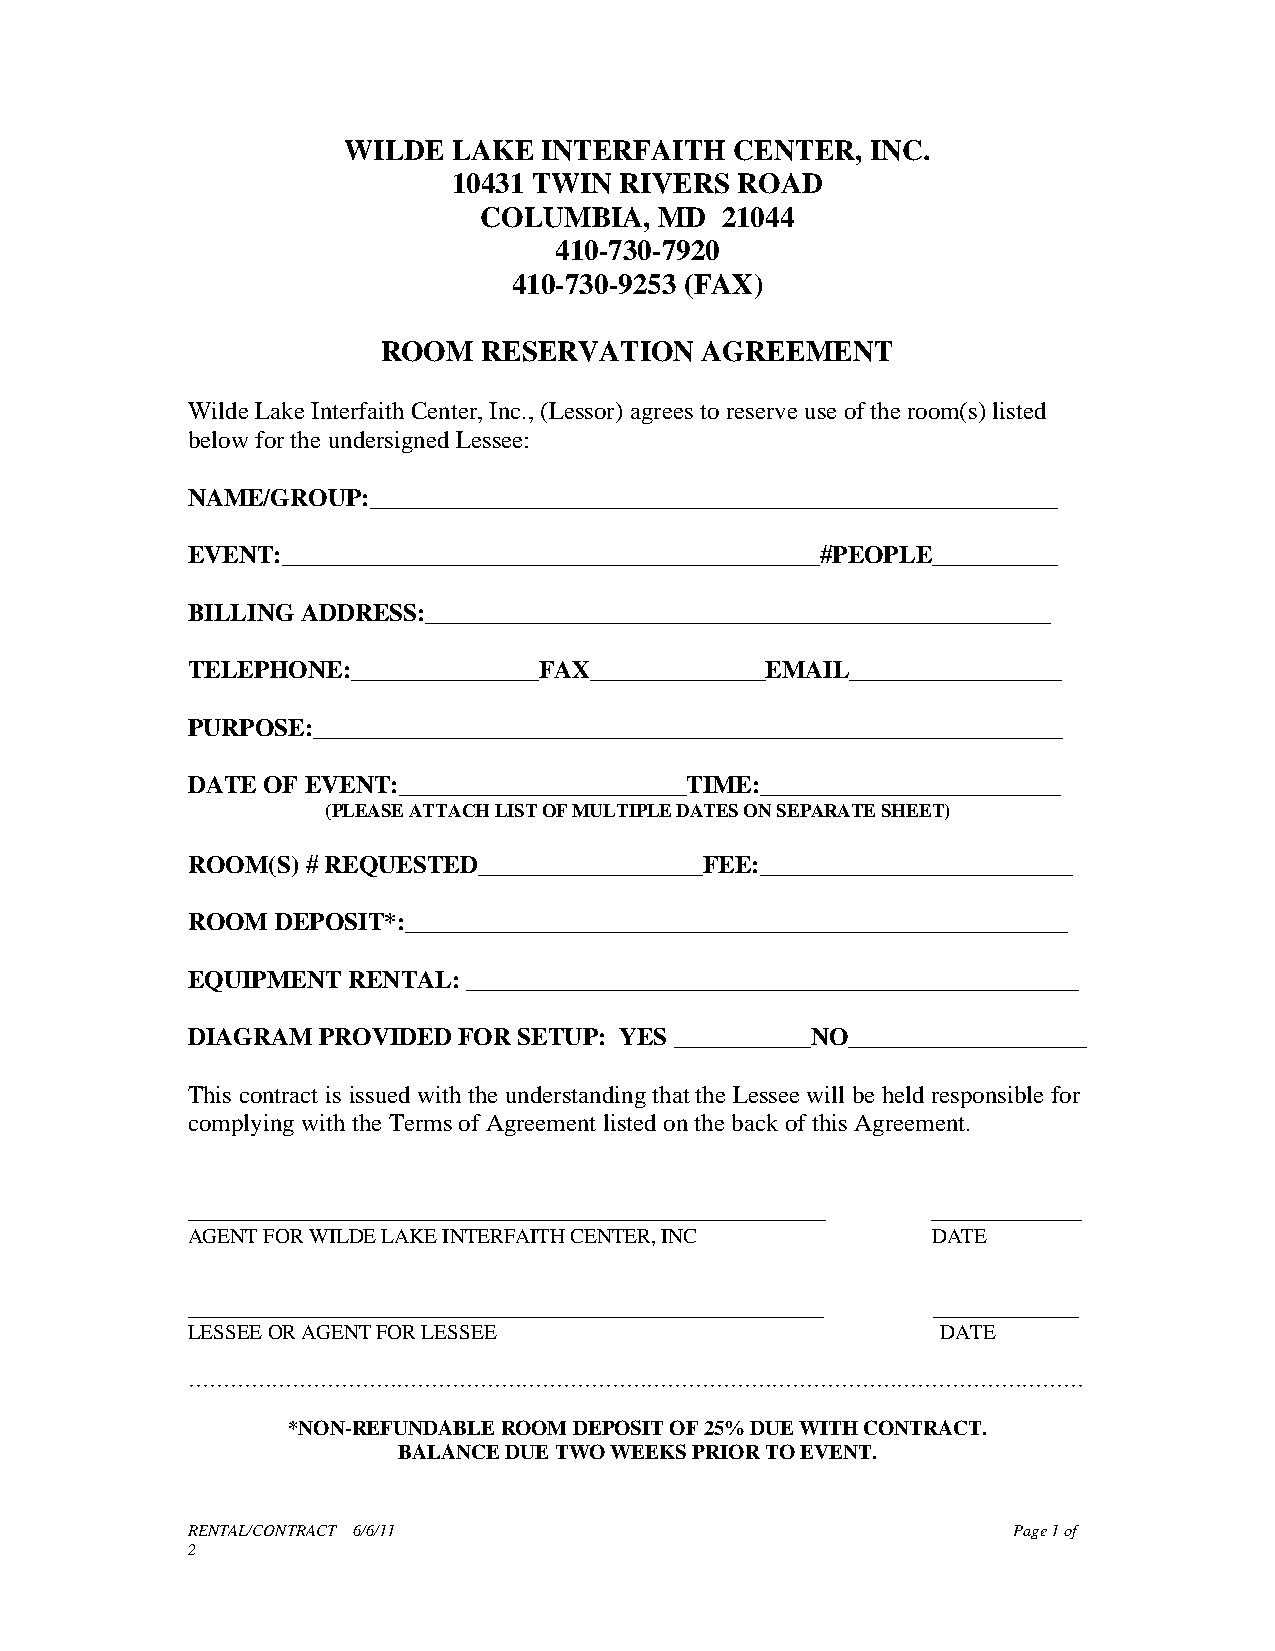
WILDE  LAKE  INTERFAITH   CENTER,  INC.
 10431 TWIN RIVERS  ROAD
 COLUMBIA,   MD  21044
 410-730-7920
 410-730-9253 (FAX)
 ROOM   RESERVATION    AGREEMENT
 Wilde Lake Interfaith Center, Inc., (Lessor) agrees to reserve use of the room(s) listed
 below for the undersigned Lessee:
 NAME/GROUP:_______________________________________________________
 EVENT:___________________________________________#PEOPLE__________
 BILLING ADDRESS:__________________________________________________
 TELEPHONE:_______________FAX______________EMAIL_________________
 PURPOSE:____________________________________________________________
 DATE OF EVENT:_______________________TIME:________________________
 (PLEASE ATTACH LIST OF MULTIPLE DATES ON SEPARATE SHEET)
 ROOM(S) # REQUESTED__________________FEE:_________________________
 ROOM  DEPOSIT*:_____________________________________________________
 EQUIPMENT  RENTAL: _________________________________________________
 DIAGRAM  PROVIDED FOR SETUP: YES ___________NO___________________
 This contract is issued with the understanding that the Lessee will be held responsible for
 complying with the Terms of Agreement listed on the back of this Agreement.
 ___________________________________________________ ____________
 AGENT FOR WILDE LAKE INTERFAITH CENTER, INC       DATE
 _____________________________________________________________ ______________
 LESSEE OR AGENT FOR LESSEE                        DATE
 …………………………………………………………………………………………………………………
 *NON-REFUNDABLE ROOM DEPOSIT OF 25% DUE WITH CONTRACT.
 BALANCE DUE TWO WEEKS PRIOR TO EVENT.
 RENTAL/CONTRACT 6/6/11                                 Page 1 of
 2